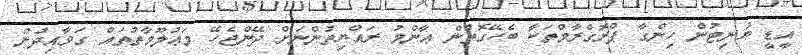
އީޑީ ޔުނިޓުން ހިންގާ ޕްރޮގްރާމްތަކާ ބެހޭގޮތުން ޢާންމު ރައްޔިތުންނަށް ދޭންޖެހޭ މަޢުލޫމާތުތައް ގަވާއިދުން